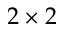
2 \times 2